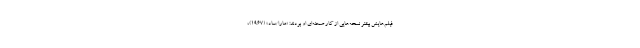
فیلم‌هایش بیشتر نسخه‌هایی از کار صحنه‌ای او بودند: «مارا/ساد» (۱۹۶۷)،